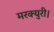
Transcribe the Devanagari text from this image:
मरक्युरी।